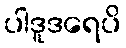
ပါဒူဒရေပိ